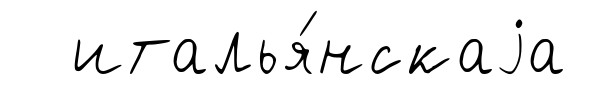
италья́нскаjа